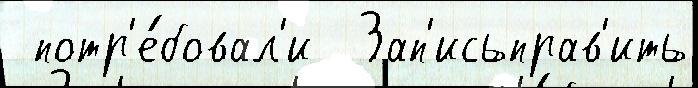
 потр'е́бовал'и  Зап'исьправ'ить